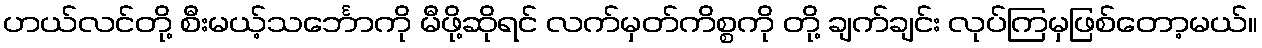
ဟယ်လင်တို့ စီးမယ့်သင်္ဘောကို မီဖို့ဆိုရင် လက်မှတ်ကိစ္စကို တို့ ချက်ချင်း လုပ်ကြမှဖြစ်တော့မယ်။